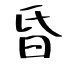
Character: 昏